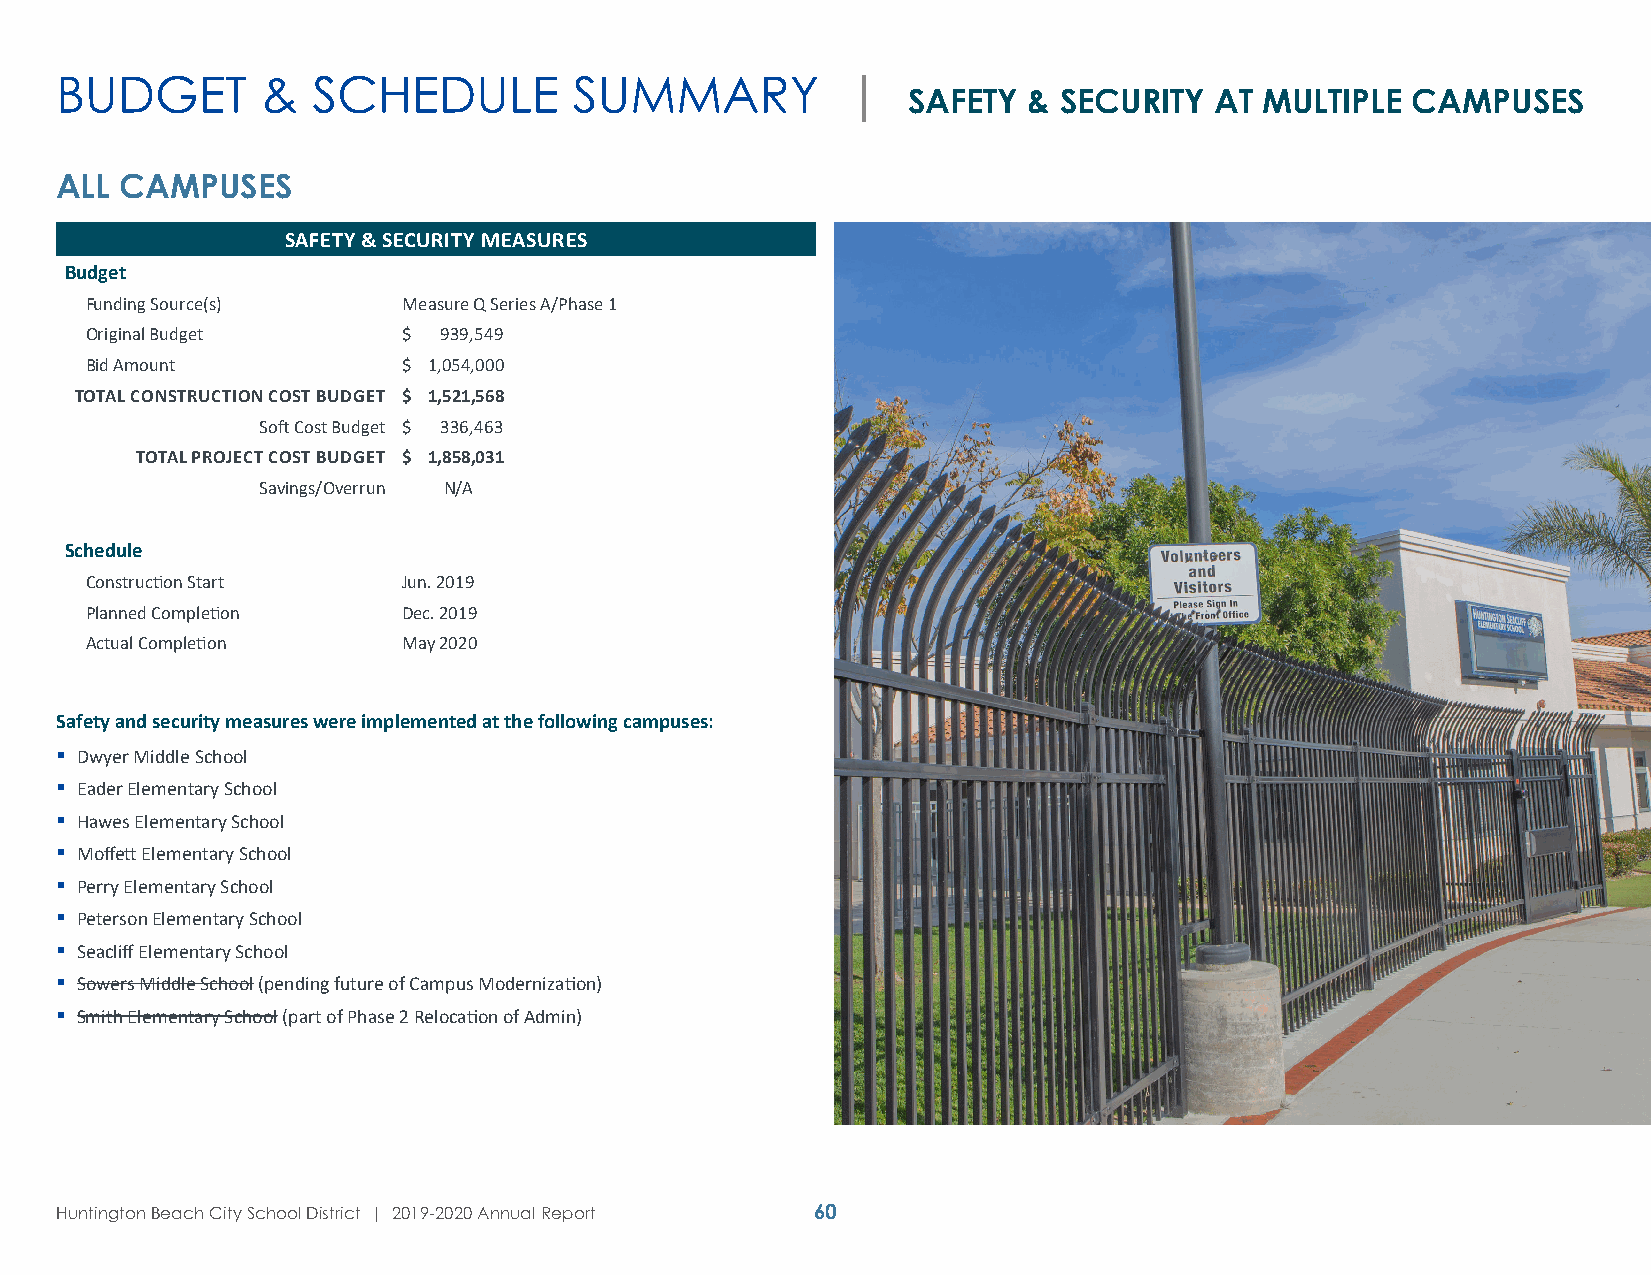
BUDGET       &   SCHEDULE         SUMMARY           |
 SAFETY  & SECURITY  AT  MULTIPLE CAMPUSES
 ALL CAMPUSES
 SAFETY & SECURITY MEASURES
 Budget
 Funding Source(s)    Measure Q Series A/Phase 1
 Original Budget      $ 939,549
 Bid Amount           $ 1,054,000
 TOTAL CONSTRUCTION COST BUDGET $ 1,521,568
 Soft Cost Budget $ 336,463
 TOTAL PROJECT COST BUDGET $ 1,858,031
 Savings/Overrun N/A
 Schedule
 Construction Start   Jun. 2019
 Planned Completion   Dec. 2019
 Actual Completion    May 2020
 Safety and security measures were implemented at the following campuses:
  Dwyer Middle School
  Eader Elementary School
  Hawes Elementary School
  Moffett Elementary School
  Perry Elementary School
  Peterson Elementary School
  Seacliff Elementary School
  Sowers Middle School (pending future of Campus Modernization)
  Smith Elementary School (part of Phase 2 Relocation of Admin)
 Huntington Beach City School District | 2019-2020 Annual Report 60